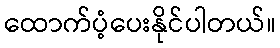
ထောက်ပံ့ပေးနိုင်ပါတယ်။